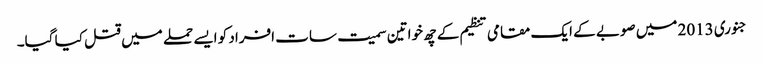
جنوری 2013 میں صوبے کے ایک مقامی تنظیم کے چھ خواتین سمیت سات افراد کو ایسے حملے میں قتل کیا گیا۔